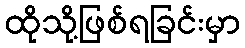
ထိုသို့ဖြစ်ရခြင်းမှာ